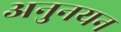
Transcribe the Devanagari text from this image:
अनुनयन